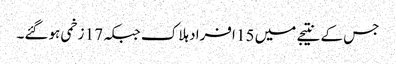
جس کے نتیجے میں 15 افراد ہلاک جبکہ 17 زخمی ہوگئے۔